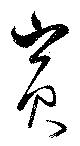
賓